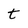
Character: t